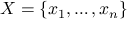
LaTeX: X = \{ x _ { 1 } , \ldots , x _ { n } \}